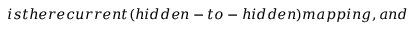
i s t h e r e c u r r e n t ( h i d d e n - t o - h i d d e n ) m a p p i n g , a n d